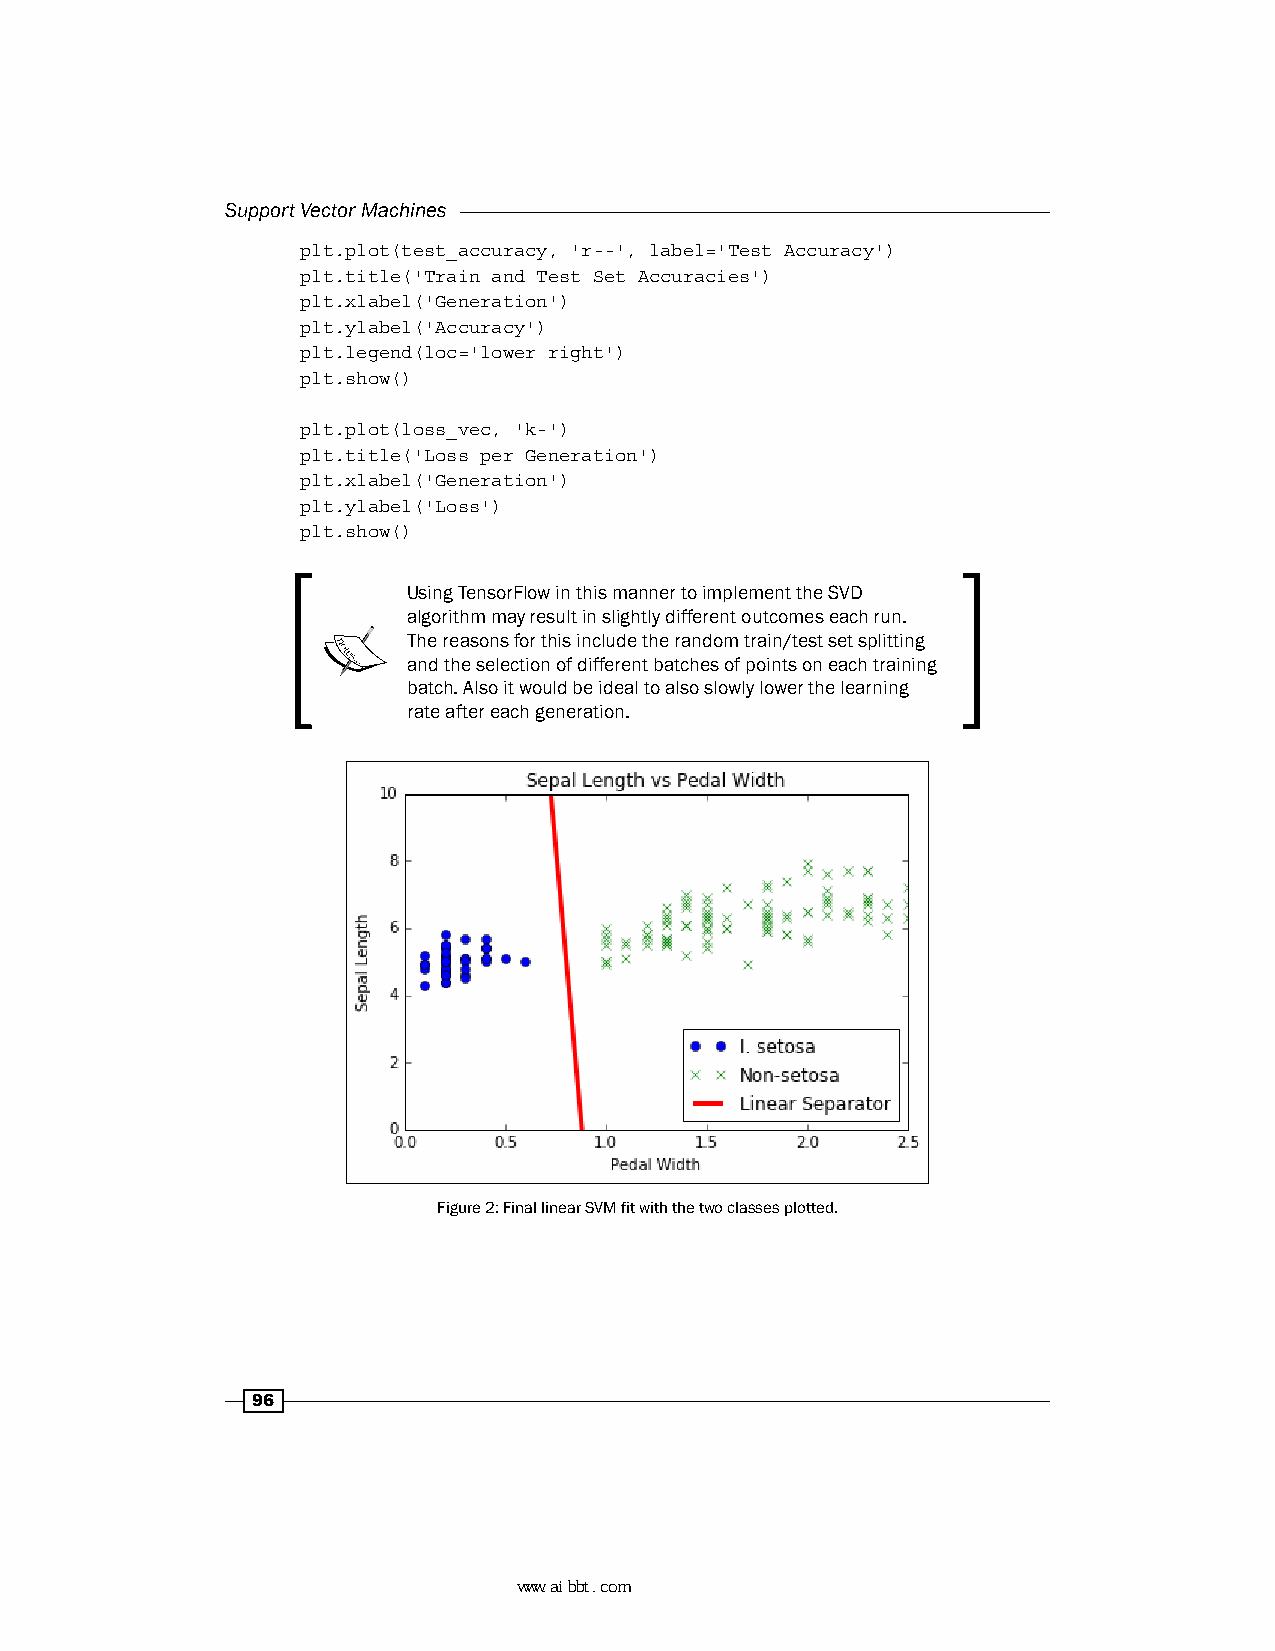
Support Vector Machines
 plt.plot(test_accuracy, 'r--', label='Test Accuracy')
 plt.title('Train and Test Set Accuracies')
 plt.xlabel('Generation')
 plt.ylabel('Accuracy')
 plt.legend(loc='lower right')
 plt.show()
 plt.plot(loss_vec, 'k-')
 plt.title('Loss per Generation')
 plt.xlabel('Generation')
 plt.ylabel('Loss')
 plt.show()
 Using TensorFlow in this manner to implement the SVD
 algorithm may result in slightly different outcomes each run.
 The reasons for this include the random train/test set splitting
 and the selection of different batches of points on each training
 batch. Also it would be ideal to also slowly lower the learning
 rate after each generation.
 Figure 2: Final linear SVM fit with the two classes plotted.
 96
 www.aibbt.com 让未来触手可及